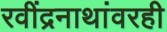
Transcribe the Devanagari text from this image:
रवींद्रनाथांवरही